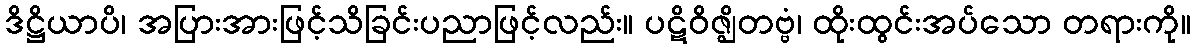
ဒိဋ္ဌိယာပိ၊ အပြားအားဖြင့်သိခြင်းပညာဖြင့်လည်း။ ပဋိဝိဇ္ဈိတဗ္ဗံ၊ ထိုးထွင်းအပ်သော တရားကို။